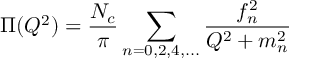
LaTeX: \Pi ( Q ^ { 2 } ) = \frac { N _ { c } } { \pi } \sum _ { n = 0 , 2 , 4 , . . . } \frac { f _ { n } ^ { 2 } } { Q ^ { 2 } + m _ { n } ^ { 2 } }